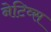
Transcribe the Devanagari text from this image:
नेटिव्स